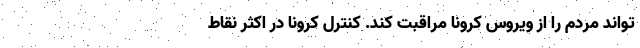
تواند مردم را از ویروس کرونا مراقبت کند. کنترل کرونا در اکثر نقاط